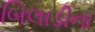
બિલાડીના